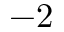
- 2